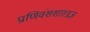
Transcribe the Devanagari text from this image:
प्राणिवंशशास्त्रज्ञ